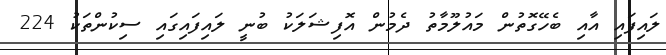
ލައިފައި އާއި ބެހޭގޮތުން މައުލޫމާތު ދެމުން އޮފިޝަލަކު ބުނީ ލައިފައިގައި ސިކުންތަކު 224